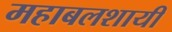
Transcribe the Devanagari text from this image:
महाबलशायी